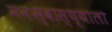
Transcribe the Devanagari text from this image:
मनःस्वास्थ्याला